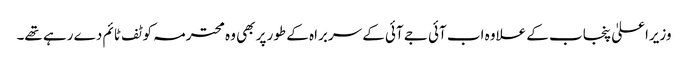
وزیراعلیٰ پنجاب کے علاوہ اب آئی جے آئی کے سربراہ کے طور پر بھی وہ محترمہ کو ٹف ٹائم دے رہے تھے۔